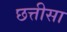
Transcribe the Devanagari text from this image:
छत्तीसा